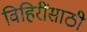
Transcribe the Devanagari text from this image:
विहिरींसाठी